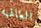
العالميه